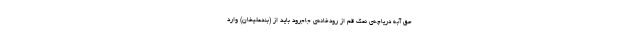
حق آبه دریاچه‌ی نمک قم از رودخانه‌ی جاجرود باید از (بندعلیخان) وارد